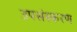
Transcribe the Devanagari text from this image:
उपसंस्करण